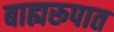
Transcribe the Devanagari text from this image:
बाह्यरूपात